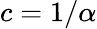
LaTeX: c=1/\alpha